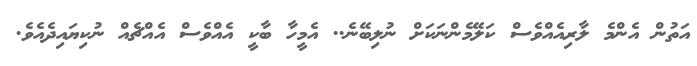
އަތުން އެންމެ ލާރިއެއްވެސް ކަލޭމެންނަކަށް ނުލިބޭނެ.. އެމީހާ ބާކީ އެއްވެސް އެއްޗެއް ނުކިޔައިދެއެވެ.